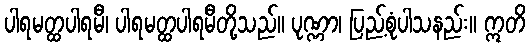
ပါရမတ္ထပါရမီ၊ ပါရမတ္ထပါရမီတို့သည်။ ပုဏ္ဏာ၊ ပြည့်စုံပါသနည်း။ ဣတိ